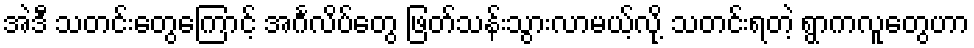
အဲဒီ သတင်းတွေကြောင့် အင်္ဂလိပ်တွေ ဖြတ်သန်းသွားလာမယ့်လို့ သတင်းရတဲ့ ရွာကလူတွေဟာ